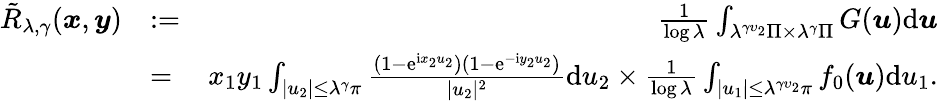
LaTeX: \begin{array}{rlr}{\tilde{R}_{\lambda,\gamma}(\boldsymbol{x},\boldsymbol{y})}&{:=}&{\frac{1}{\log\lambda}\int_{\lambda^{\gamma\upsilon_{2}}\Pi\times\lambda^{\gamma}\Pi}G(\boldsymbol{u})\mathrm d\boldsymbol{u}}\\ &{=}&{x_{1}y_{1}\int_{|u_{2}|\le\lambda^{\gamma}\pi}\frac{(1-\mathrm e^{\mathrm ix_{2}u_{2}})(1-\mathrm e^{-\mathrm iy_{2}u_{2}})}{|u_{2}|^{2}}\mathrm du_{2}\times\frac{1}{\log\lambda}\int_{|u_{1}|\le\lambda^{\gamma\upsilon_{2}}\pi}f_{0}(\boldsymbol{u})\mathrm du_{1}.}\end{array}